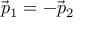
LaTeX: { \vec { p } } _ { 1 } = - { \vec { p } } _ { 2 }